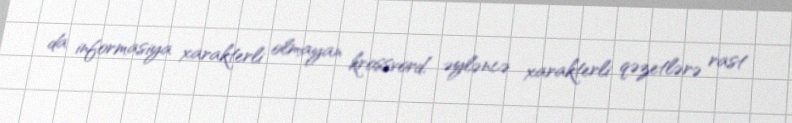
da informasiya xarakterli olmayan krossvord, əyləncə xarakterli qəzetlərə rast